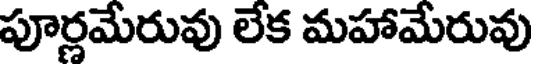
పూర్ణమేరువు లేక మహామేరువు